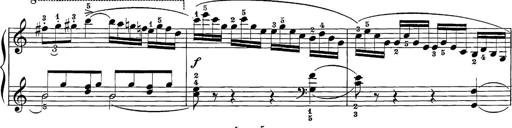
Title: 12 Sonatine per Pianoforte
Composer: Friedrich Kuhlau